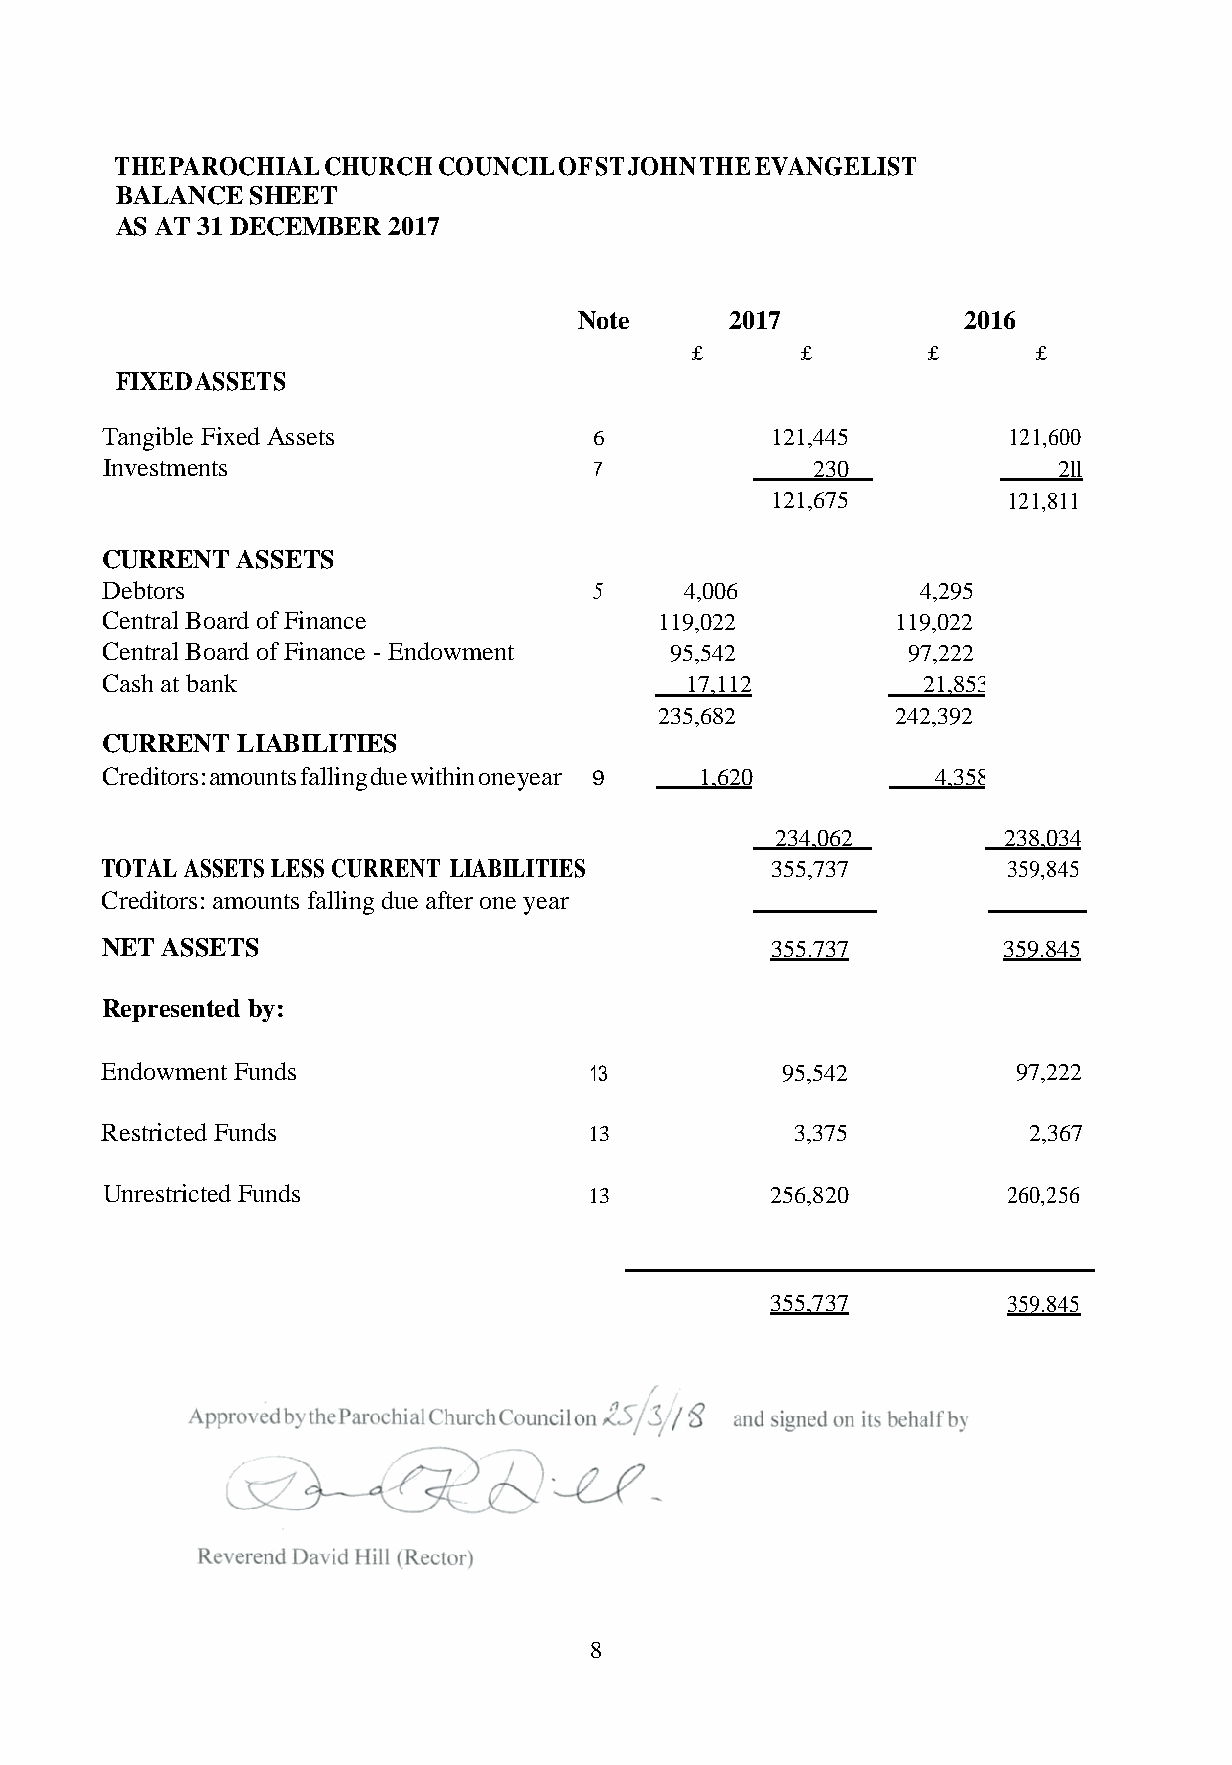
THE PAROCHIAL CHURCH COUNCIL OF ST JOHN THE EVANGELIST
 BALANCE  SHEET
 AS AT 31 DECEMBER 2017
 Note      2017            2016
 £      £       £       £
 FIXED ASSETS
 Tangible Fixed Assets           6           121,445         121,600
 Investments                     7              230             2ll
 121,675         121,811
 CURRENT  ASSETS
 Debtors                         5     4,006           4,295
 Central Board of Finance             119,022        119,022
 Central Board of Finance - Endowment 95,542          97,222
 Cash at bank                          17,112          21,853
 235,682        242,392
 CURRENT  LIABILITIES
 Creditors: amounts falling due within one year 9 1,620 4,358
 234,062        238,034
 TOTAL ASSETS LESS CURRENT LIABILITIES       355,737         359,845
 Creditors: amounts falling due after one year
 NET ASSETS                                  355.737        359.845
 Represented by:
 Endowment Funds                 13           95,542         97,222
 Restricted Funds                13            3,375          2,367
 Unrestricted Funds              13          256,820         260,256
 355,737         359.845
 8